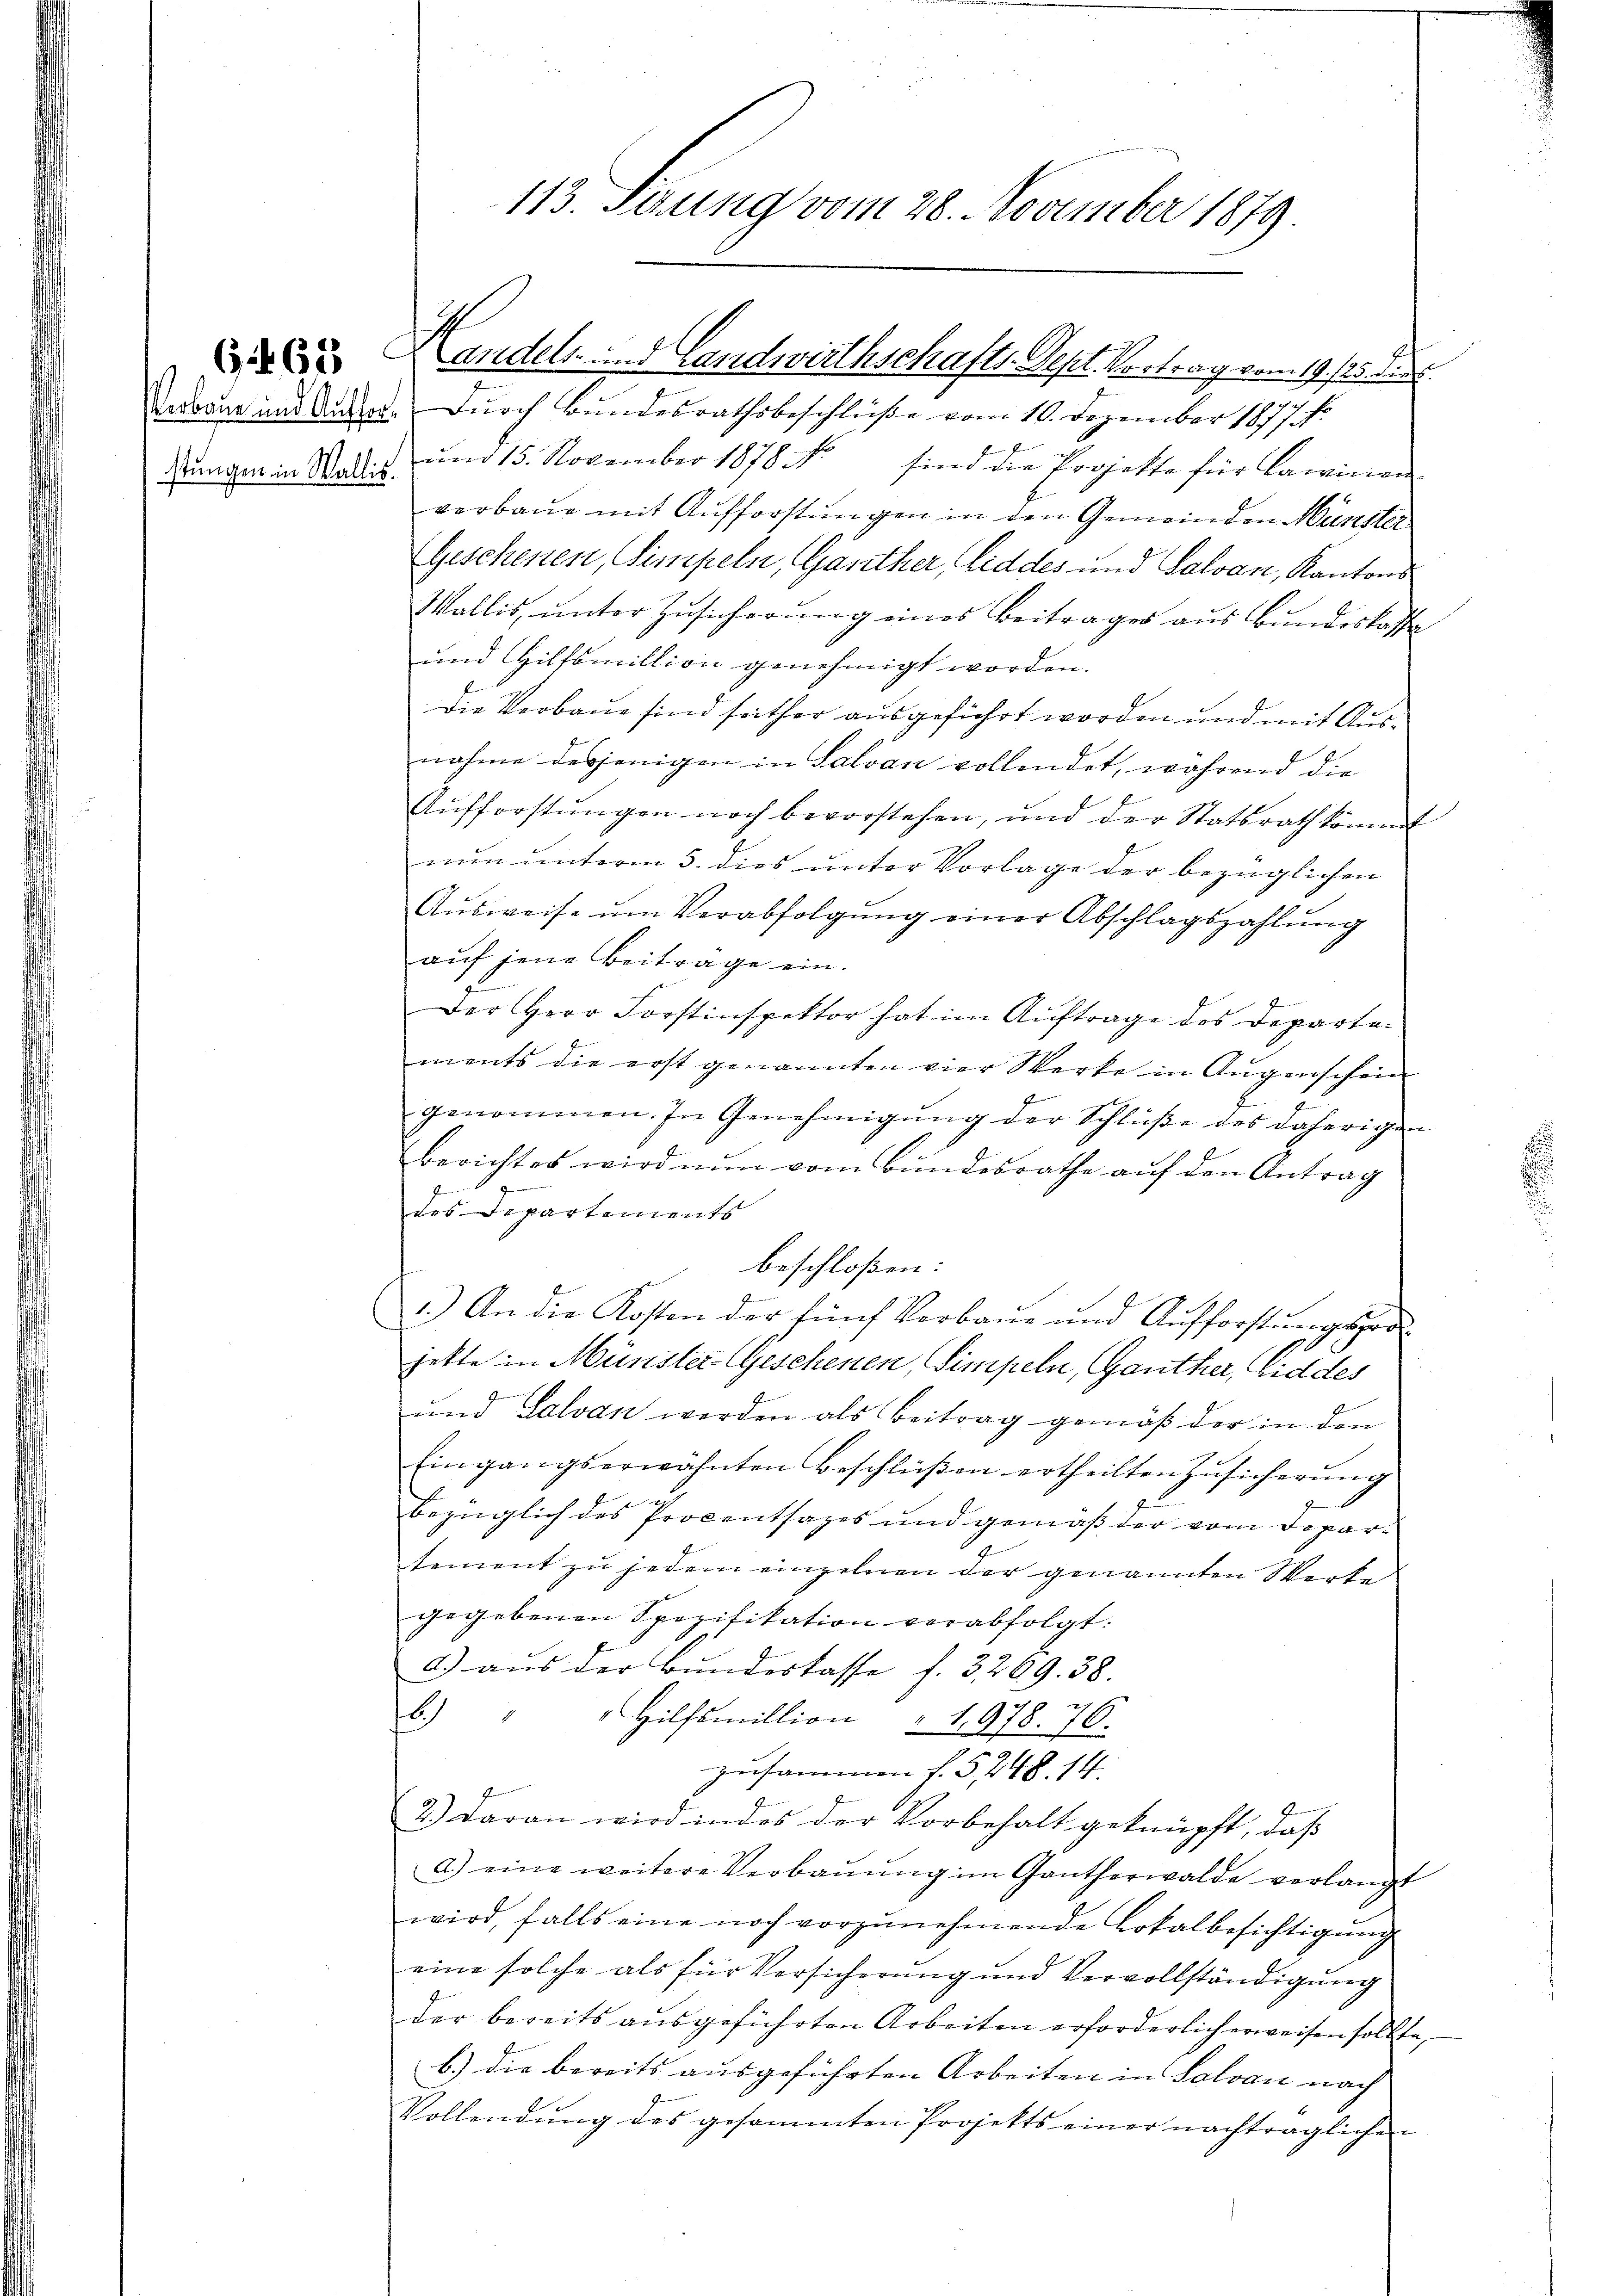
665

stungen in Wallis.

Padorn und Ausser. Durch Bundesrathsbeschlüße vom 10. Dezember 1877 f.
um 15. November 1878 NNo sind die Projekte für Lawinen
verbaue mit Aufforstungen in den Gemeinden Münster
Geschenen, Simpeln, Ganther, Liddes und Salvan, Kantons
Wallis, unter Zusicherung eines Beitrages aus Bundeskaffe
und Hilfsmillion genehmigt worden.
Die Vorbaue sind seither ausgeführt worden und mit Ausnahme desjenigen in Salvan vollendet, während die
Aŭfforstŭngen noch bevorstehen, und der Statsrath kömmt
nun unterm 3. dies unter Vorlage der bezüglichen
Aŭsweise ŭm Verabfolgung einer Abschlagszahlung
auf jene Beitrage ein.
.
Der Herr Forstinspektor hat im Auftrage des Departements die erst genannten vier Werke in Augenschein
genommen. In Genehmigŭng der Schlüße des daherigen
berichtes wird nun vom Bundesrathe auf den Antrag
des Departements
beschloßen:
1.) An die Kosten der fünf Verbaŭe und Aufforstŭngspro
jette in Münster-Geschenen, Simpeln, Gauther, Eid des
und Lalvan werden als Beitrag gemäß der in den
Eingangserwähnten Beschlüßen ertheilten Zusicherung
bezüglich des Procentsages und gemäß der vom Departement zu jedem einzelnen der genannten Werte
gegebenen Spezifikation verabfolgt:
a.) aus der Bundestasse f. 3269. 38.
)
" Hilfsmillion " 1,978. 76.
zusammen f. 5, 248. 14.
2.) Daran wird indes der Vorbehalt geknüpft, daß
a.) eine weitere Verbauung im Gantherwalde verlangt
wird, falls eine noch vorzŭnehmende Lokalbesichtigung
eine solche als für Versicherung und Vervollständigŭng
der bereits ausgeführten Arbeiten erforderlich erweisen sollte,
b.) die bereits ausgeführten Arbeiten in Salvan nach
Vollendŭng des gesammten Projekts einer nachträglichen

113. Seung vom 28. November 1879

Kandels. Landwirthschafts-Sept. Vortrag vom 19. 25 des